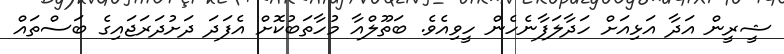
ޝީރީން އަދާ އަޅިއަށް ހަދާލަފާނެހެން ހީވިއެވެ. ބަތޫލްއާ މުހާތަބުކޮށް އެފަދަ ދަށުދަރަޖައިގެ ބަސްތައް